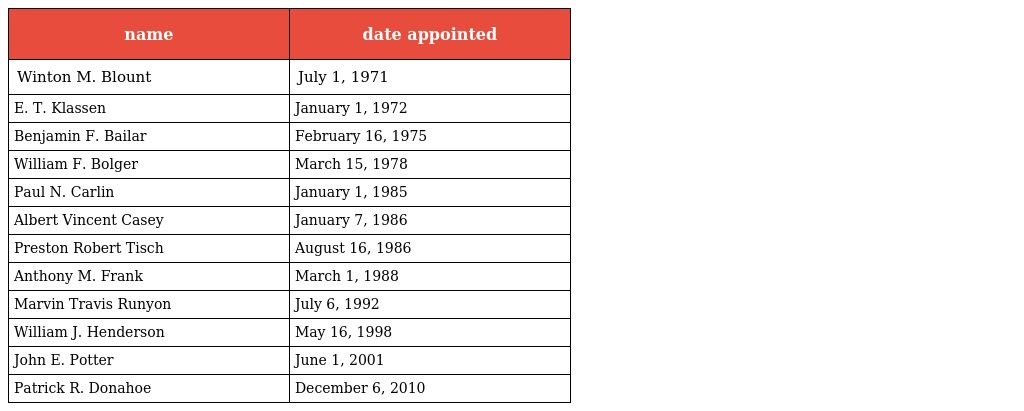
| name | date appointed |
 | --- | --- |
 | Winton M. Blount | July 1, 1971 |
 | E. T. Klassen | January 1, 1972 |
 | Benjamin F. Bailar | February 16, 1975 |
 | William F. Bolger | March 15, 1978 |
 | Paul N. Carlin | January 1, 1985 |
 | Albert Vincent Casey | January 7, 1986 |
 | Preston Robert Tisch | August 16, 1986 |
 | Anthony M. Frank | March 1, 1988 |
 | Marvin Travis Runyon | July 6, 1992 |
 | William J. Henderson | May 16, 1998 |
 | John E. Potter | June 1, 2001 |
 | Patrick R. Donahoe | December 6, 2010 |